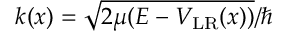
k ( x ) = \sqrt { 2 \mu ( E - V _ { \mathrm { L R } } ( x ) ) } / \hbar